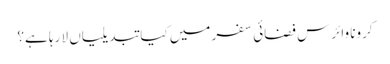
کرونا وائرس فضائی سفر میں کیا تبدیلیاں لا رہا ہے؟